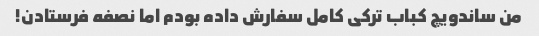
من ساندویچ کباب ترکی کامل سفارش داده بودم اما نصفه فرستادن!